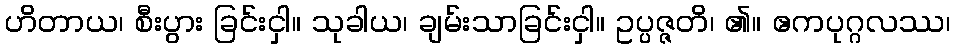
ဟိတာယ၊ စီးပွား ခြင်းငှါ။ သုခါယ၊ ချမ်းသာခြင်းငှါ။ ဥပ္ပဇ္ဇတိ၊ ၏။ ဧကပုဂ္ဂလဿ၊